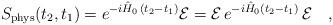
LaTeX: \begin{align*}S_{\rm phys}(t_2,t_1)=e^{-i\hat{H}_0\,(t_2-t_1)}{\cal E}={\cal E}\,e^{-i\hat{H}_0(t_2-t_1)}\,{\cal E}\ \ \ ,\end{align*}